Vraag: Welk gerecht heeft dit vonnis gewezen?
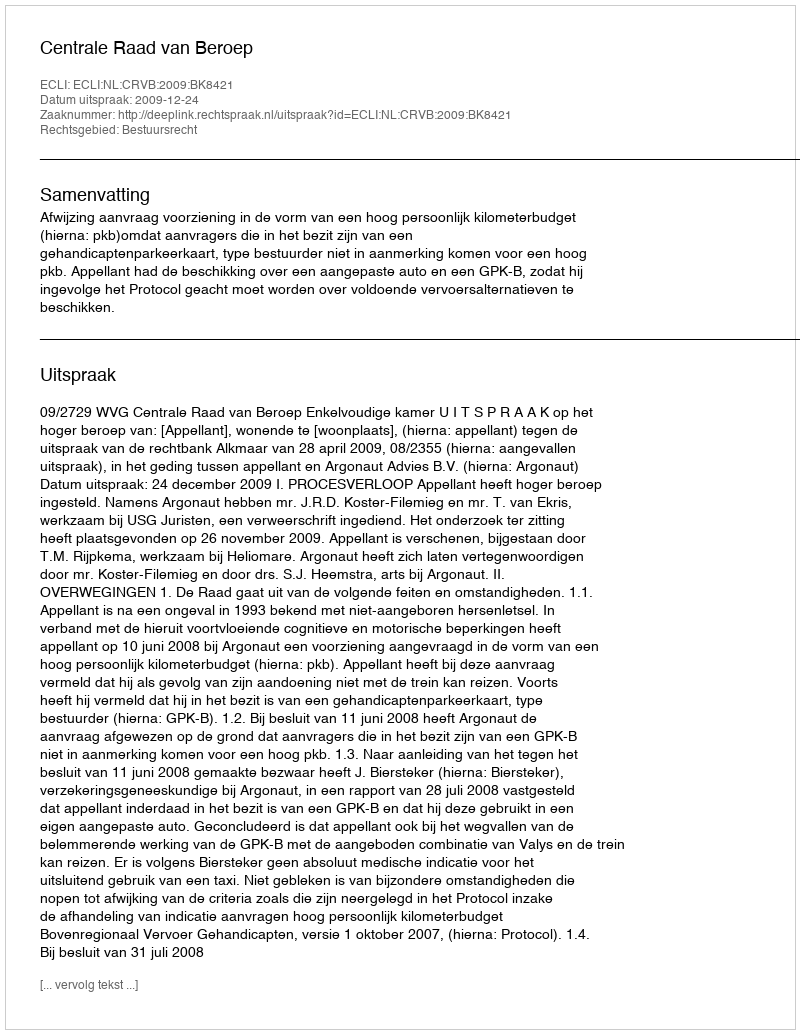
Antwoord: Centrale Raad van Beroep